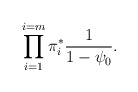
\begin{align*}\prod_{i=1}^{i=m}\pi_i^*\frac{1}{1-\psi_0}.\end{align*}